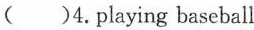
()4.playing baseball